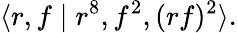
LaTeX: \langle r,f\mid r^{8},f^{2},(rf)^{2}\rangle.